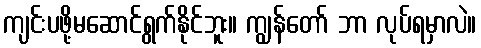
ကျင်းပဖို့မဆောင်ရွက်နိုင်ဘူး။ ကျွန်တော် ဘာ လုပ်ရမှာလဲ။